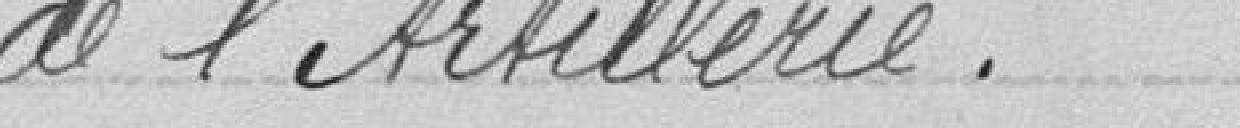
de l'Artillerie.